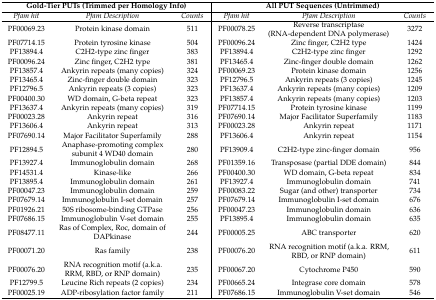
<table><thead><tr><td colspan="3"><b>Gold-Tier PUTs (Trimmed per Homology Info)</b></td><td colspan="3"><b>All PUT Sequences (Untrimmed)</b></td></tr></thead><tbody><tr><td><i>Pfam hit</i></td><td><i>Pfam Description</i></td><td><i>Counts</i></td><td><i>Pfam hit</i></td><td><i>Pfam Description</i></td><td><i>Counts</i></td></tr><tr><td>PF00069.23</td><td>Protein kinase domain</td><td>511</td><td>PF00078.25</td><td>Reverse transcriptase (RNA-dependent DNA polymerase)</td><td>3272</td></tr><tr><td>PF07714.15</td><td>Protein tyrosine kinase</td><td>504</td><td>PF00096.24</td><td>Zinc finger, C2H2 type</td><td>1424</td></tr><tr><td>PF13894.4</td><td>C2H2-type zinc finger</td><td>383</td><td>PF13894.4</td><td>C2H2-type zinc finger</td><td>1292</td></tr><tr><td>PF00096.24</td><td>Zinc finger, C2H2 type</td><td>381</td><td>PF13465.4</td><td>Zinc-finger double domain</td><td>1262</td></tr><tr><td>PF13857.4</td><td>Ankyrin repeats (many copies)</td><td>324</td><td>PF00069.23</td><td>Protein kinase domain</td><td>1256</td></tr><tr><td>PF13465.4</td><td>Zinc-finger double domain</td><td>323</td><td>PF12796.5</td><td>Ankyrin repeats (3 copies)</td><td>1245</td></tr><tr><td>PF12796.5</td><td>Ankyrin repeats (3 copies)</td><td>323</td><td>PF13637.4</td><td>Ankyrin repeats (many copies)</td><td>1209</td></tr><tr><td>PF00400.30</td><td>WD domain, G-beta repeat</td><td>323</td><td>PF13857.4</td><td>Ankyrin repeats (many copies)</td><td>1203</td></tr><tr><td>PF13637.4</td><td>Ankyrin repeats (many copies)</td><td>319</td><td>PF07714.15</td><td>Protein tyrosine kinase</td><td>1199</td></tr><tr><td>PF00023.28</td><td>Ankyrin repeat</td><td>316</td><td>PF07690.14</td><td>Major Facilitator Superfamily</td><td>1183</td></tr><tr><td>PF13606.4</td><td>Ankyrin repeat</td><td>313</td><td>PF00023.28</td><td>Ankyrin repeat</td><td>1171</td></tr><tr><td>PF07690.14</td><td>Major Facilitator Superfamily</td><td>288</td><td>PF13606.4</td><td>Ankyrin repeat</td><td>1154</td></tr><tr><td>PF12894.5</td><td>Anaphase-promoting complex subunit 4 WD40 domain</td><td>280</td><td>PF13909.4</td><td>C2H2-type zinc-finger domain</td><td>956</td></tr><tr><td>PF13927.4</td><td>Immunoglobulin domain</td><td>268</td><td>PF01359.16</td><td>Transposase (partial DDE domain)</td><td>844</td></tr><tr><td>PF14531.4</td><td>Kinase-like</td><td>266</td><td>PF00400.30</td><td>WD domain, G-beta repeat</td><td>834</td></tr><tr><td>PF13895.4</td><td>Immunoglobulin domain</td><td>261</td><td>PF13927.4</td><td>Immunoglobulin domain</td><td>741</td></tr><tr><td>PF00047.23</td><td>Immunoglobulin domain</td><td>259</td><td>PF00083.22</td><td>Sugar (and other) transporter</td><td>734</td></tr><tr><td>PF07679.14</td><td>Immunoglobulin I-set domain</td><td>257</td><td>PF07679.14</td><td>Immunoglobulin I-set domain</td><td>676</td></tr><tr><td>PF01926.21</td><td>50S ribosome-binding GTPase</td><td>256</td><td>PF00047.23</td><td>Immunoglobulin domain</td><td>636</td></tr><tr><td>PF07686.15</td><td>Immunoglobulin V-set domain</td><td>255</td><td>PF13895.4</td><td>Immunoglobulin domain</td><td>635</td></tr><tr><td>PF08477.11</td><td>Ras of Complex, Roc, domain of DAPkinase</td><td>244</td><td>PF00005.25</td><td>ABC transporter</td><td>620</td></tr><tr><td>PF00071.20</td><td>Ras family</td><td>238</td><td>PF00076.20</td><td>RNA recognition motif (a.k.a. RRM, RBD, or RNP domain)</td><td>611</td></tr><tr><td>PF00076.20</td><td>RNA recognition motif (a.k.a. RRM, RBD, or RNP domain)</td><td>235</td><td>PF00067.20</td><td>Cytochrome P450</td><td>590</td></tr><tr><td>PF12799.5</td><td>Leucine Rich repeats (2 copies)</td><td>234</td><td>PF00665.24</td><td>Integrase core domain</td><td>578</td></tr><tr><td>PF00025.19</td><td>ADP-ribosylation factor family</td><td>211</td><td>PF07686.15</td><td>Immunoglobulin V-set domain</td><td>546</td></tr></tbody></table>